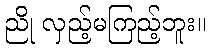
ညို လှည့်မကြည့်ဘူး။